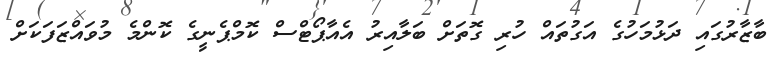
ބާޒާރުގައި ދަޅުމަހުގެ އަގުތައް ހުރި ގޮތަށް ބަލާއިރު އެއާޕޯޓްސް ކޮމްޕެނީގެ ކޮންމެ މުވައްޒަފަކަށް